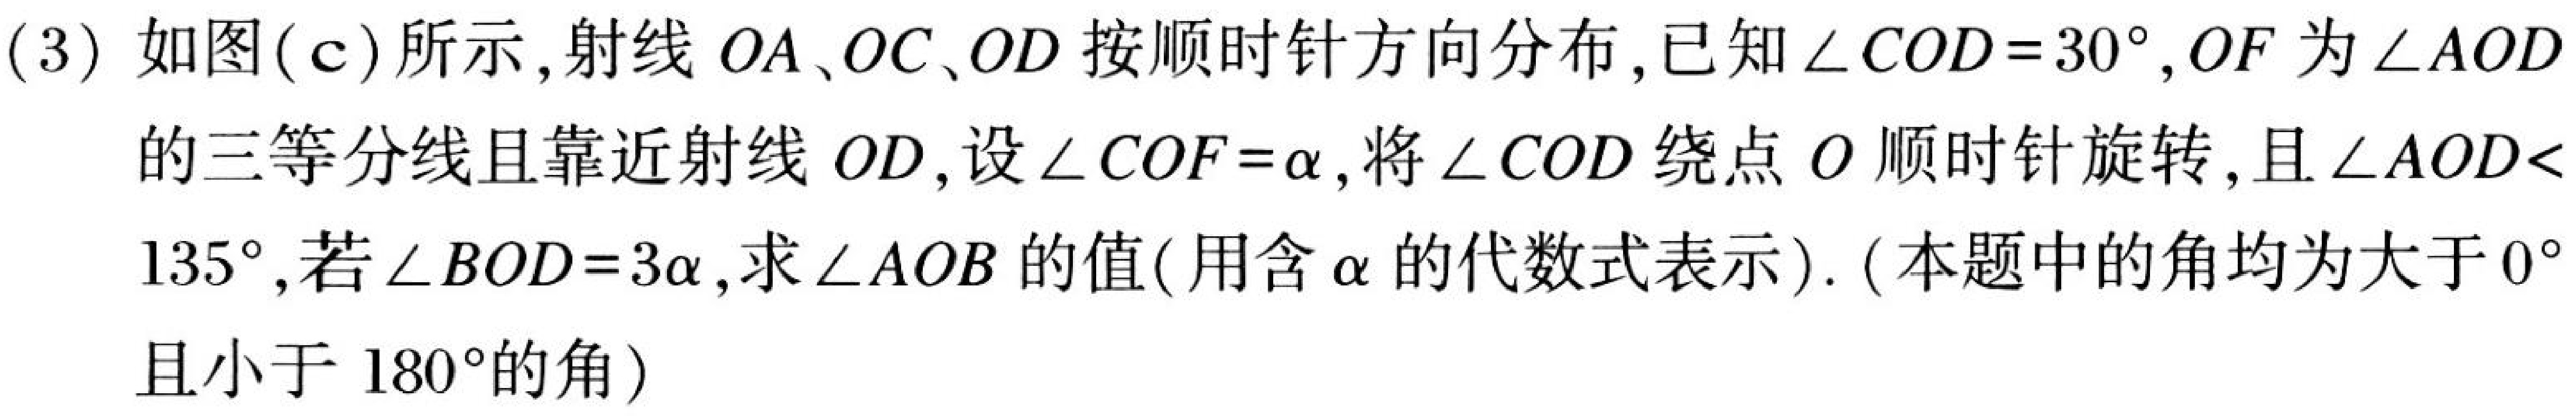
(3) 如图(c)所示, 射线 \(OA、OC、OD\) 按顺时针方向分布, 已知 \(\angle COD = 30^{\circ}, OF\) 为 \(\angle AOD\)的三等分线且靠近射线 \(OD\), 设 \(\angle COF=\alpha\), 将 \(\angle COD\) 绕点 \(O\) 顺时针旋转, 且 \(\angle AOD<135^{\circ}\), 若 \(\angle BOD = 3\alpha\), 求 \(\angle AOB\) 的值(用含 \(\alpha\) 的代数式表示). (本题中的角均为大于\(0^{\circ}\)且小于 \(180^{\circ}\)的角)